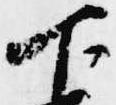
下